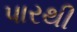
પારથી